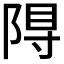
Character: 𮥎